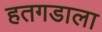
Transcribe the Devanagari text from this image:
हतगडाला